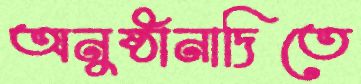
অনুষ্ঠানাদিতে